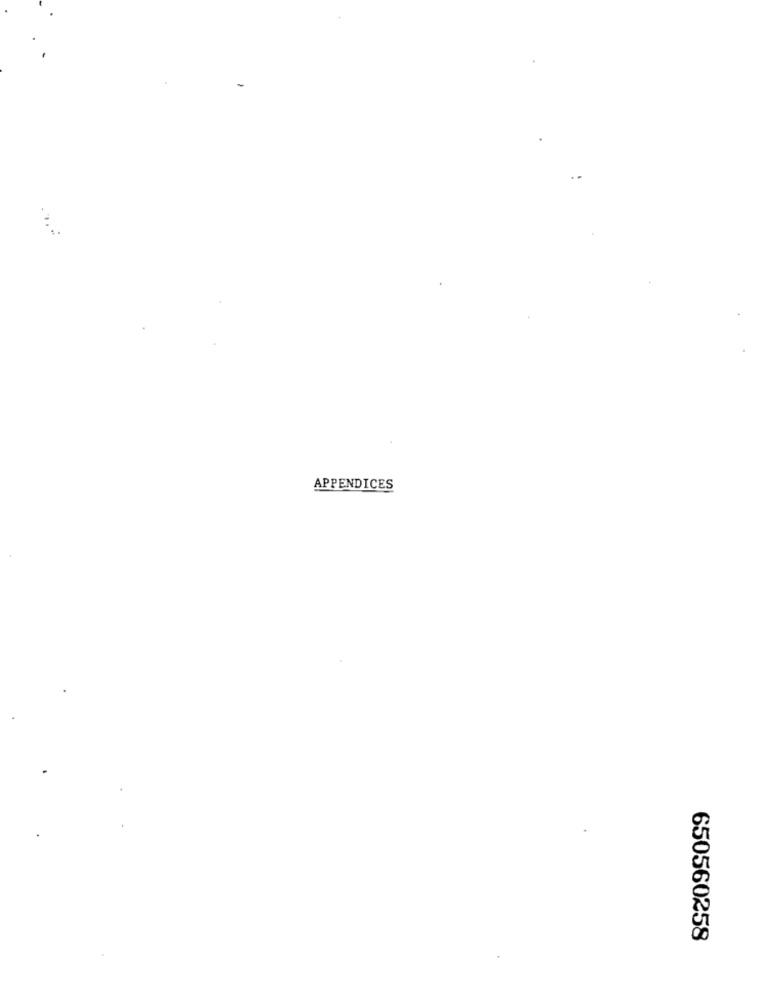
APPENDICES
650560258